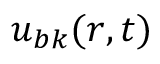
u _ { b \boldsymbol k } ( \boldsymbol r , t )